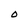
Character: O